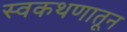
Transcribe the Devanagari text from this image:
स्वकथणातून